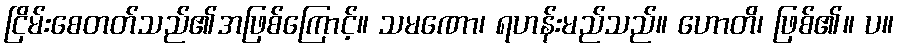
ငြိမ်းစေတတ်သည်၏အဖြစ်ကြောင့်။ သမဏော၊ ရဟန်းမည်သည်။ ဟောတိ၊ ဖြစ်၏။ ပ။